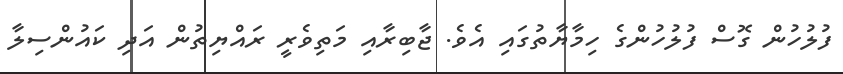
ފުލުހުން ގޮސް ފުލުހުންގެ ހިމާޔާތުގައި އެވެ. ޖާބިރާއި މަތިވެރީ ރައްޔިތުން އަދި ކައުންސިލާ